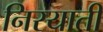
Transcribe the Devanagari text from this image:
निरयाती